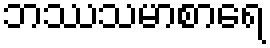
ဘဿသမာစာရေ